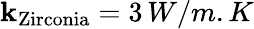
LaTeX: \mathbf{k}_{\mathrm{{Zirconia}}}=3\, W/m.K